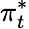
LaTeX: \pi_{t}^{*}